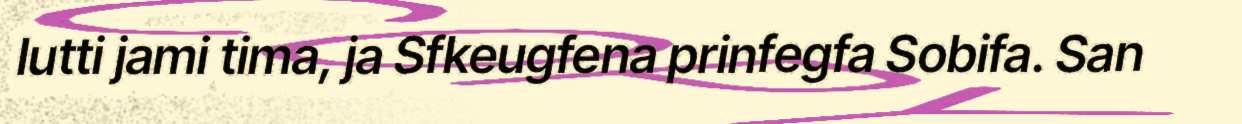
lutti jami tima, ja Sfkeugfena prinfegfa Sobifa. San